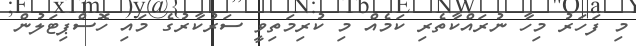
މި ފަހަރު މިހާ ނުރައްކާތެރި ކަމެއް މި ކުރިމަތިވީ ސަރުކާރުގެ މައި ހޮސްޕިޓަލުން